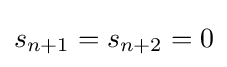
s_{n+1}=s_{n+2}=0